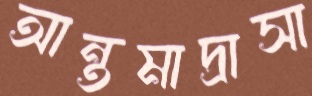
আন্তমাদ্রাসা